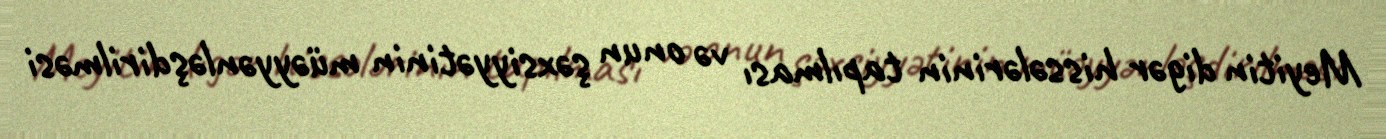
Meyitin digər hissələrinin tapılması və onun şəxsiyyətinin müəyyənləşdirilməsi